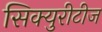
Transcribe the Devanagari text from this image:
सिक्युरीटीज